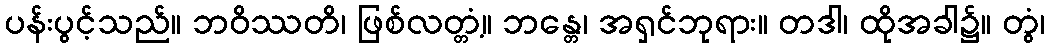
ပန်းပွင့်သည်။ ဘဝိဿတိ၊ ဖြစ်လတ္တံ့။ ဘန္တေ၊ အရှင်ဘုရား။ တဒါ၊ ထိုအခါ၌။ တွံ၊